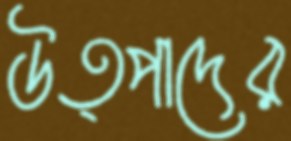
উত্পাদের